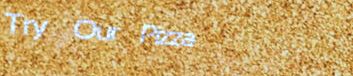
Try Our Pizza